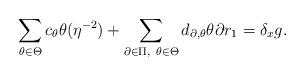
LaTeX: \begin{align*}\sum_{\theta\in\Theta}c_\theta\theta(\eta^{-2})+\sum_{\partial\in\Pi, \ \theta\in\Theta}d_{\partial,\theta}\theta\partial r_1 = \delta_xg.\end{align*}